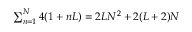
\begin{array} { r } { \sum _ { n = 1 } ^ { N } 4 ( 1 + n L ) = 2 L N ^ { 2 } + 2 ( L + 2 ) N } \end{array}